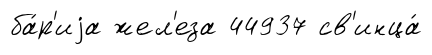
ба́р'иjа жел'еза 44937 св'инца́